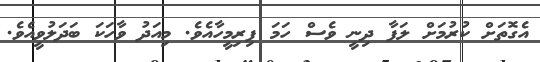
އެގޮތަށް ކުރުމަށް ލަފާ ދިނީ ވެސް ހަމަ ފިރިމީހާއެވެ. މިއަދު ވާހަކަ ބަދަލުވީއެވެ.